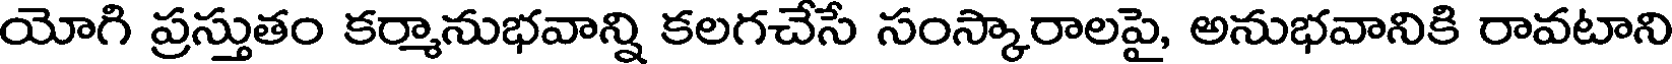
యోగి ప్రస్తుతం కర్మానుభవాన్ని కలగచేసే సంస్కారాలపై, అనుభవానికి రావటాని